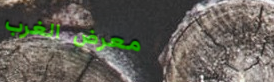
معرض الغرب